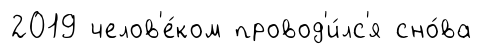
2019 челов'е́ком провод'и́лс'я сно́ва